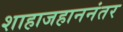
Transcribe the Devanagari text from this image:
शाहाजहाननंतर